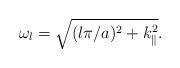
LaTeX: \begin{align*}\omega_{l}=\sqrt{(l\pi/a)^{2}+k_{\|}^{2} }.\end{align*}